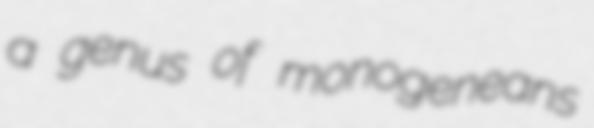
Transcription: a genus of monogeneans